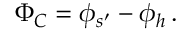
\Phi _ { C } = \phi _ { s ^ { \prime } } - \phi _ { h } \, .